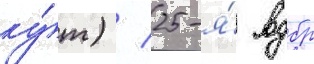
ку́т) / 25-я́ вдбр